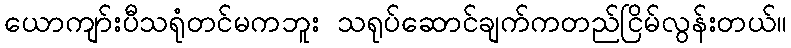
ယောကျာ်းပီသရုံတင်မကဘူး သရုပ်ဆောင်ချက်ကတည်ငြိမ်လွန်းတယ်။